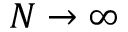
N \to \infty